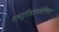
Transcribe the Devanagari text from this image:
एस्ट्राॅडायनेमिस्ट